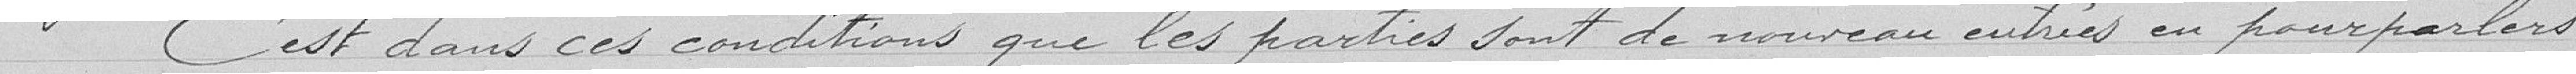
C'est dans ces conditions que les parties sont de nouveau entrés en pourparlers